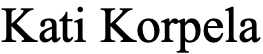
Kati Korpela